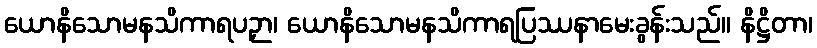
ယောနိသောမနသိကာရပဉှာ၊ ယောနိသောမနသိကာရပြဿနာမေးခွန်းသည်။ နိဋ္ဌိတာ၊